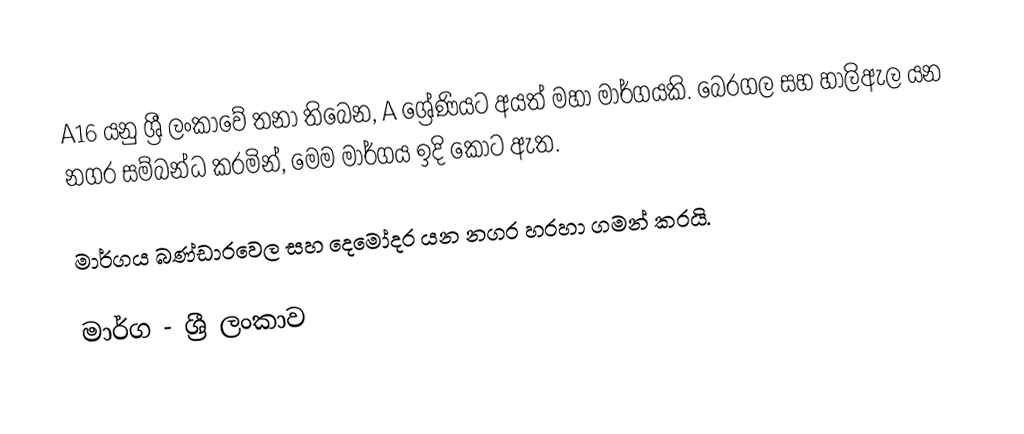
A16 යනු ශ්‍රී ලංකාවේ තනා තිබෙන, A ශ්‍රේණියට අයත් මහා මාර්ගයකි. බෙරගල සහ හාලිඇල යන නගර සම්බන්ධ කරමින්, මෙම මාර්ගය ඉදි කොට ඇත.

මාර්ගය බණ්ඩාරවෙල සහ දෙමෝදර යන නගර හරහා ගමන් කරයි.

මාර්ග - ශ්‍රී ලංකාව